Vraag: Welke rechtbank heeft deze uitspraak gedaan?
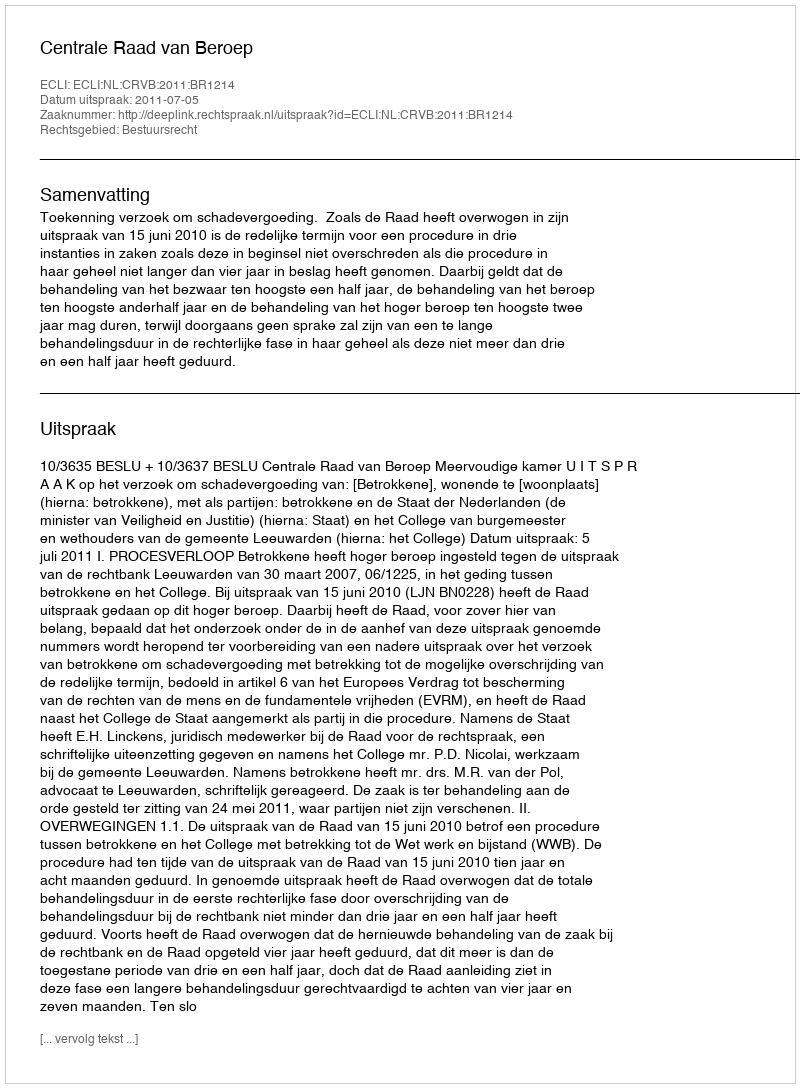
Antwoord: Centrale Raad van Beroep